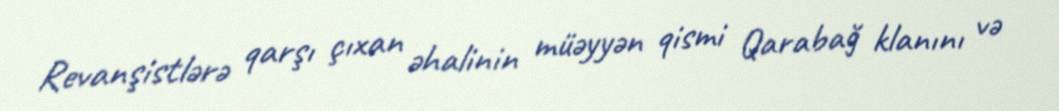
Revanşistlərə qarşı çıxan əhalinin müəyyən qismi Qarabağ klanını və